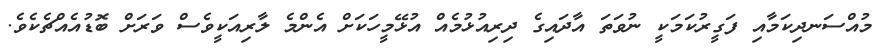
މުއްސަނދިކަމާއި ފަގީރުކަމަކީ ނުވަތަ އާދައިގެ ދިރިއުޅުމެއް އުޅޭމީހަކަށް އެންމެ ލާރިއަކީވެސް ވަރަށް ބޮޑުއެއްޗެކެވެ.